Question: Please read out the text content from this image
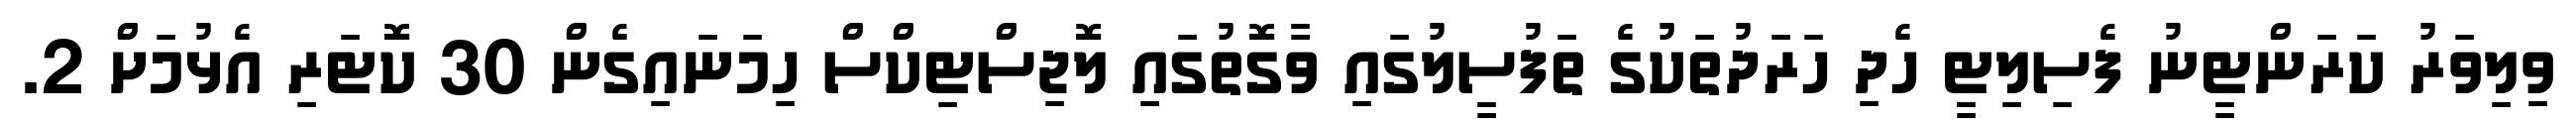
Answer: ވިލިވަރު ކަރަންޓީނު ފެސިލިޓީ ހެދި ހަރަދުތަކުގެ ތަފުސީލުގައި ވާގޮތުގައި ލޮޖިސްޓިކްސް ހިމަނައިގެން 30 ކޮޓަރި އެޅުމަށް 2.